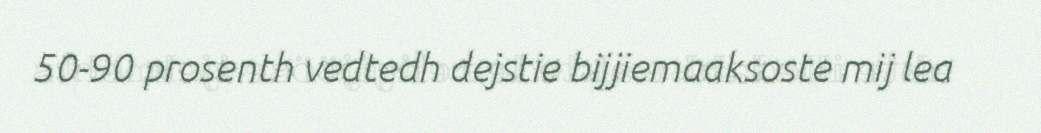
50-90 prosenth vedtedh dejstie bijjiemaaksoste mij lea